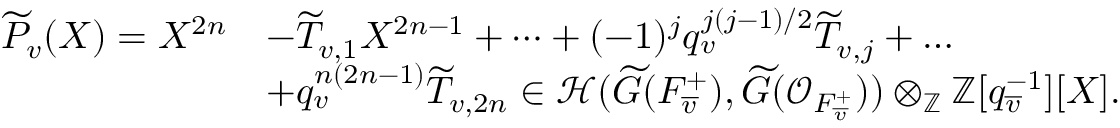
\begin{array} { r l } { \widetilde { P } _ { v } ( X ) = X ^ { 2 n } } & { - \widetilde { T } _ { v , 1 } X ^ { 2 n - 1 } + \dots + ( - 1 ) ^ { j } q _ { v } ^ { j ( j - 1 ) / 2 } \widetilde { T } _ { v , j } + \dots } \\ & { + q _ { v } ^ { n ( 2 n - 1 ) } \widetilde { T } _ { v , 2 n } \in { \mathcal H } ( \widetilde { G } ( F _ { \overline { { v } } } ^ { + } ) , \widetilde { G } ( { \mathcal O } _ { F _ { \overline { { v } } } ^ { + } } ) ) \otimes _ { \mathbb Z } { \mathbb Z } [ q _ { \overline { { v } } } ^ { - 1 } ] [ X ] . } \end{array}